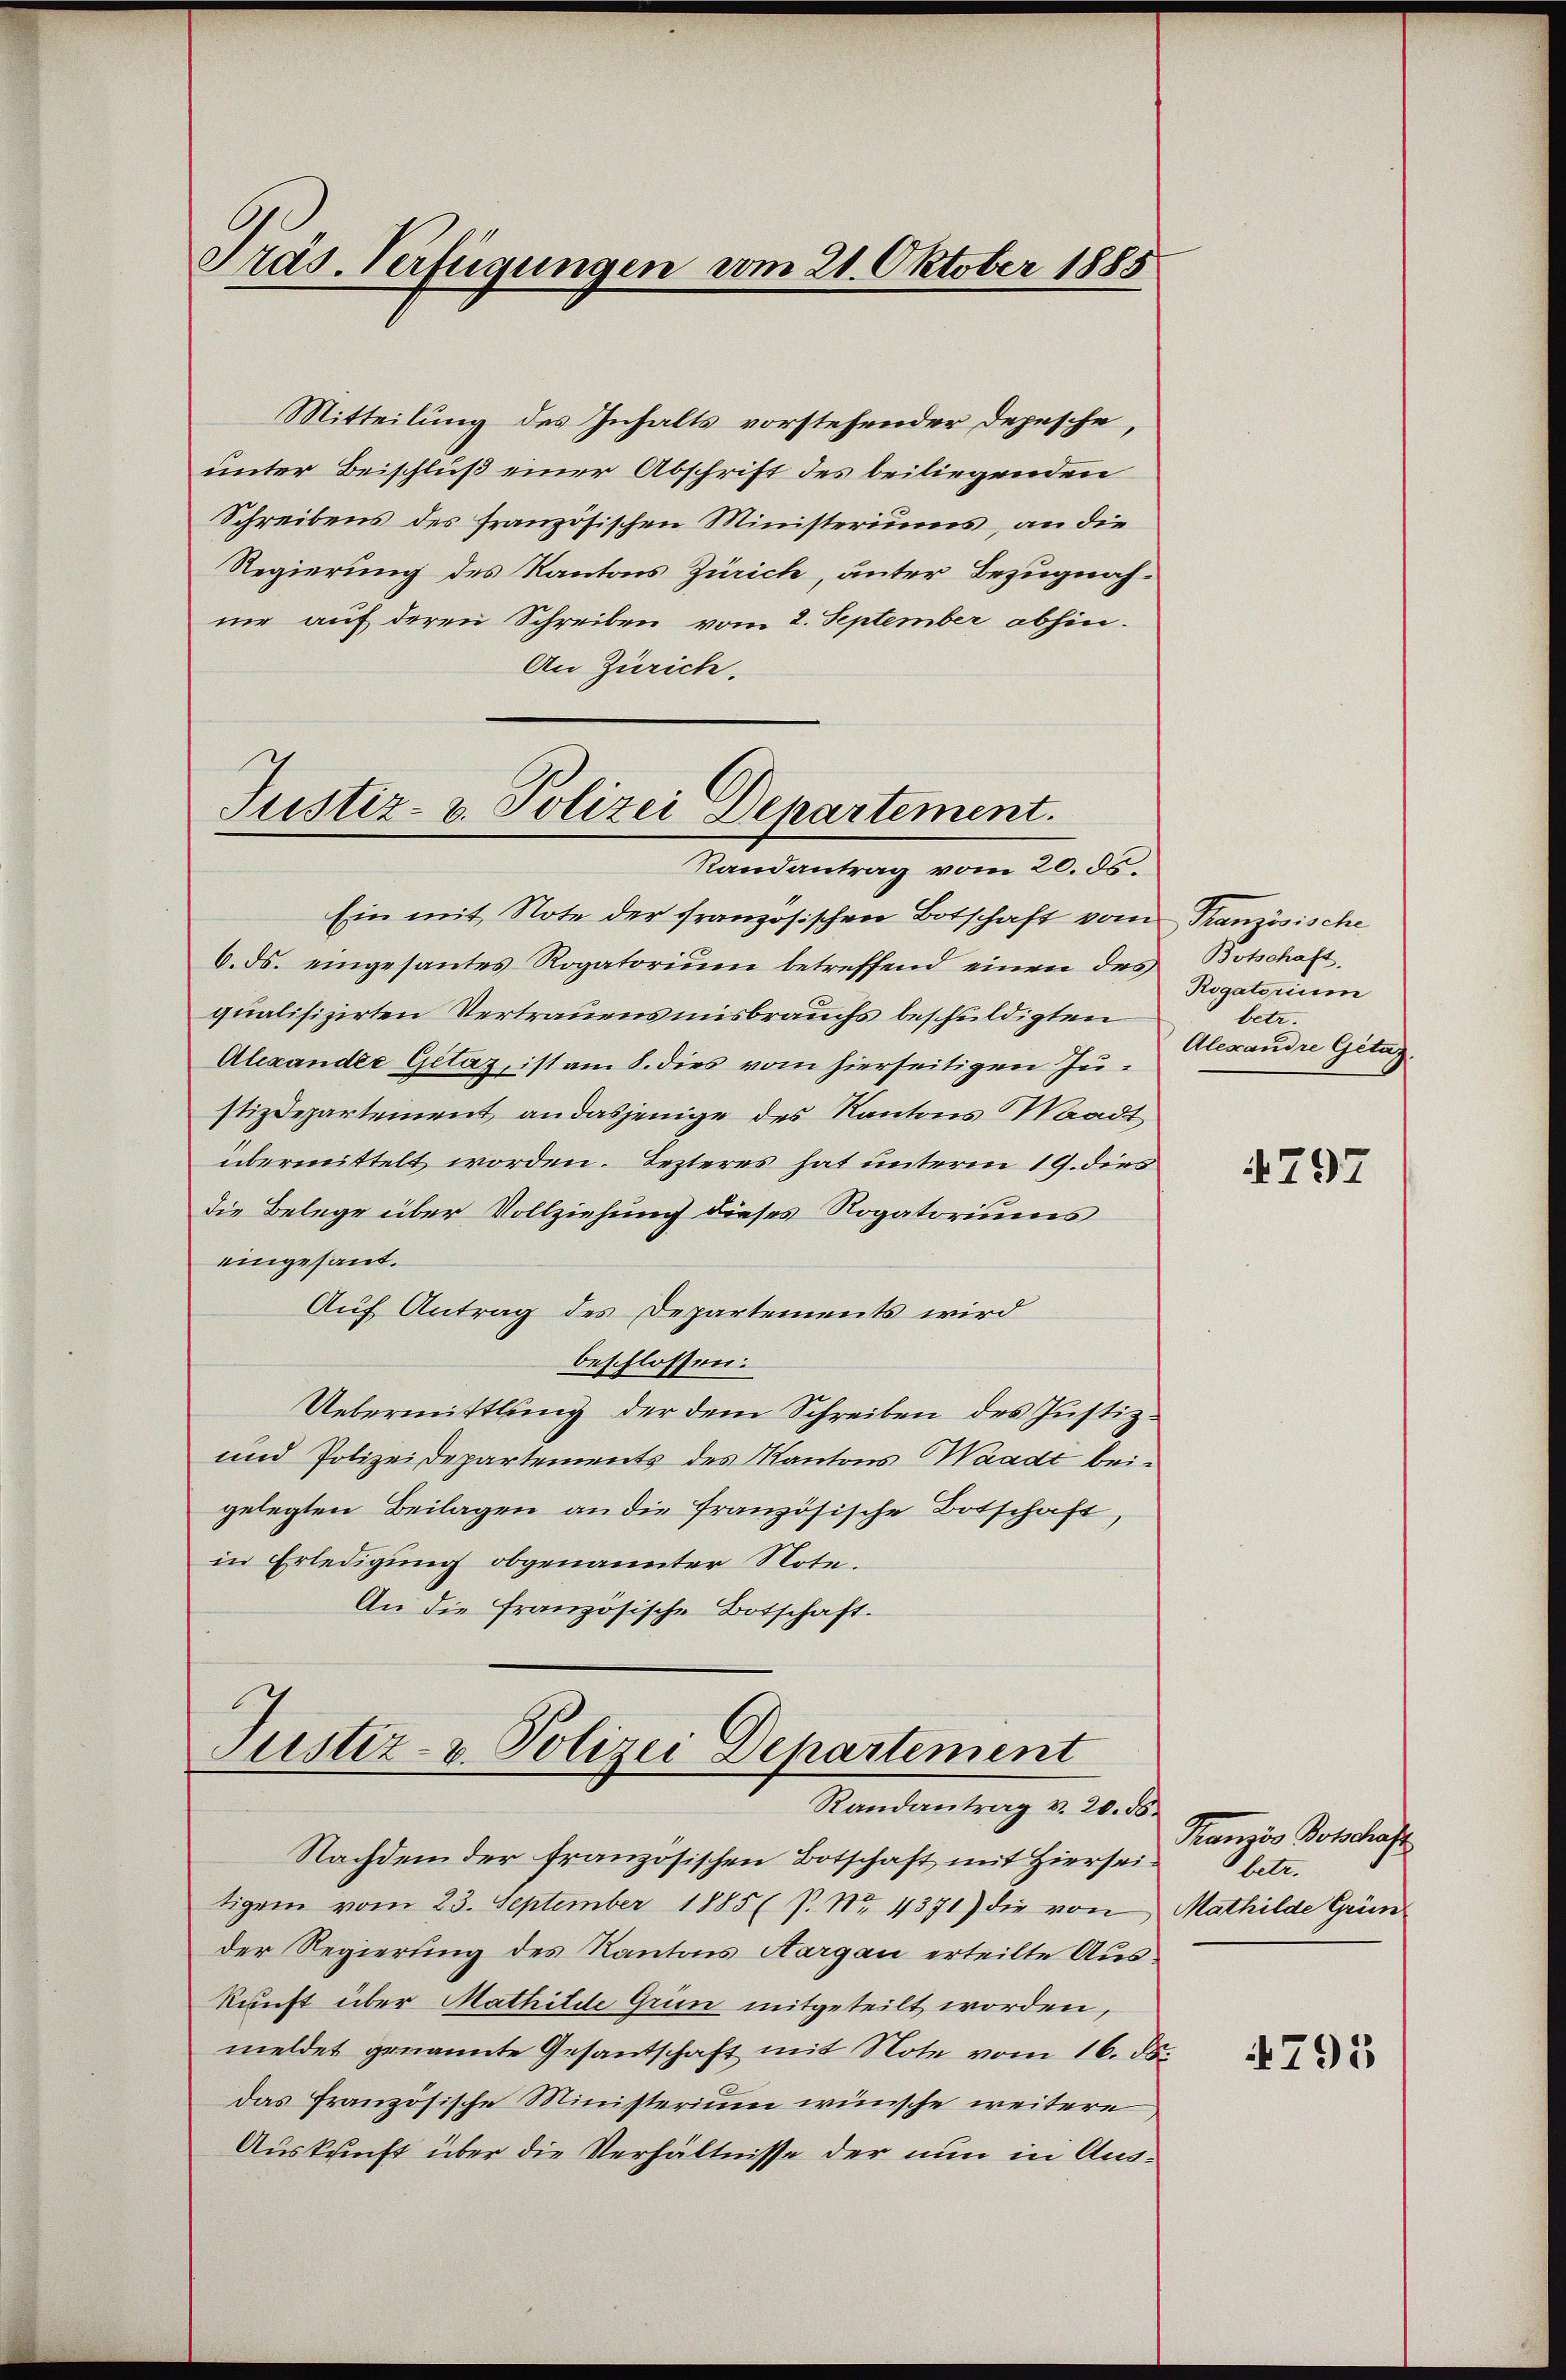
Präs. Verfügungen vom 21. Oktober 1885

Mitteilung des Inhalts vorstehender Depesche,
unter Beischluß einer Abschrift des beiliegenden
Schreibens des französischen Ministeriums, an die
Regierung des Kantons Zürich, unter Bezugnahne auf deren Schreiben vom 2. September abhin.
An Zürich.
Justiz- & Polizei Departement.
Randantrag vom 20. ds.

Justiz- & Polizei Departement
Randantrag v. 20. ds.

Ein mit Note der französischen Botschaft vom Französische
6. ds. eingesantes Rogatorium betreffend einen des
qualifizirten Vertrauensmisbrauchs beschuldigten
Alexander Gitáz, ist am 8. dies vom hierseitigen Justizdepartement, an dasjenige des Kantons Waadt
übermittelt worden. Lezteres hat unterm 19. dies
die Belege über Vollziehung dieses Rogatoriums
eingesant.
Auf Antrag des Departements wird
beschlossen.
Uebermittlung der dem Schreiben des Justiz¬
und Polizeidepartements des Kantons Waadt beigelegten Beilagen an die französische Botschaft,
in Erledigung obgenannter Note.
An die französische Botschaft.

Nachdem der französischen Botschaft mit Hierseitigem vom 23. September 1885 ( P. Nr. 4371) die von Mathilde Grün
der Regierung des Kantons Aargau erteilte Auskunft über Mathilde Grün mitgeteilt worden,
meldet genannte Gesantschaft mit Note vom 16. ds.
das französische Ministerium wünsche weitere
Auskunft über die Verhältnisse der nun in Aus¬

Botschaft,
Rogatorium
betr
Alexandre Getag.

4797

Kansis Botschaft
betr.

4795